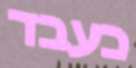
כעבד